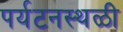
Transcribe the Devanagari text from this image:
पर्यटनस्थळी